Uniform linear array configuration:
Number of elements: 4
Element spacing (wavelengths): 0.75
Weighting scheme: blackman
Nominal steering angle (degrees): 60
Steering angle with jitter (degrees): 61.683
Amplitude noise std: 0.05
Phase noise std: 0.05

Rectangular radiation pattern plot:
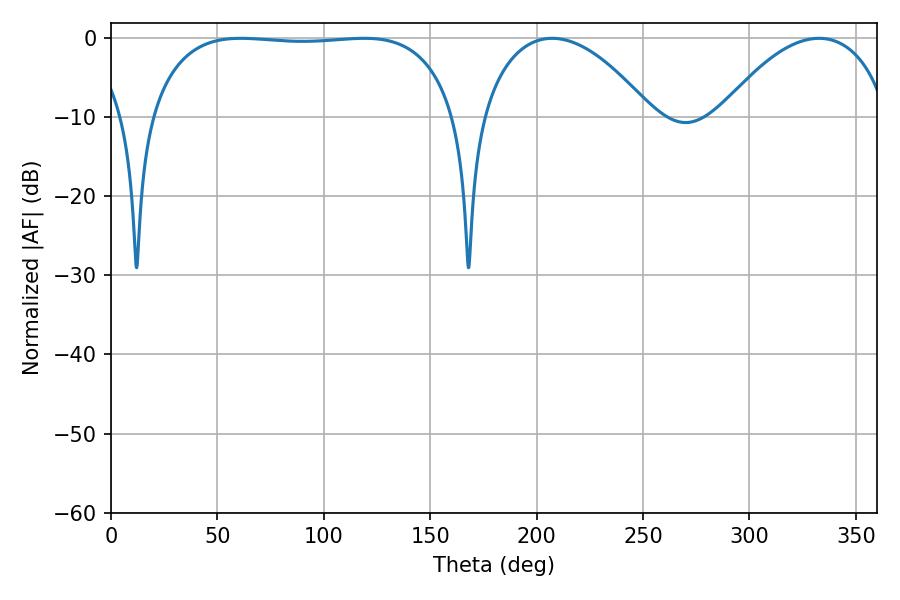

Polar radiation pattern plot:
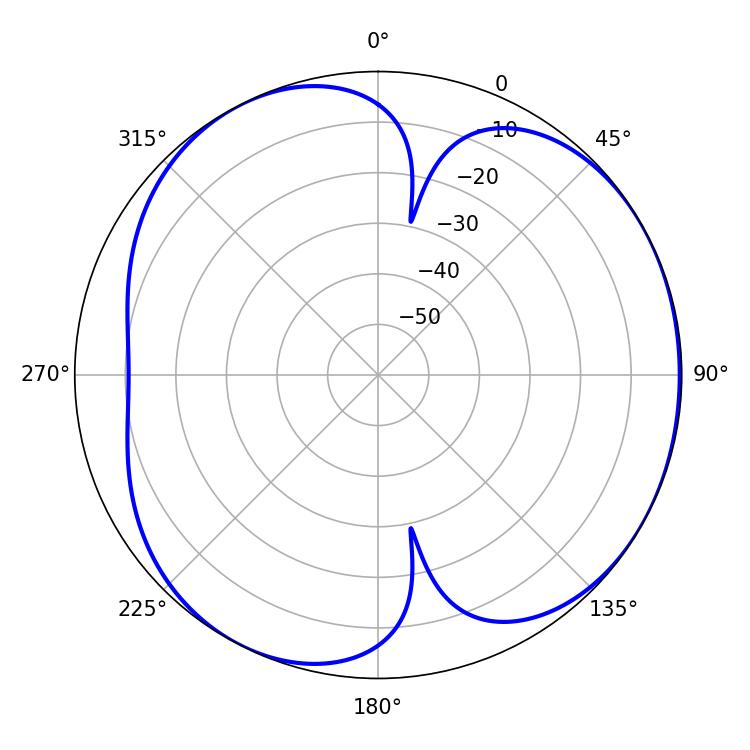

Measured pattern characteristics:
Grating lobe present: TRUE
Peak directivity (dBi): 4.354
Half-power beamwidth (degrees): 114.48
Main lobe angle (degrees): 61.02